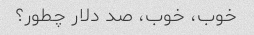
خوب، خوب، صد دلار چطور؟